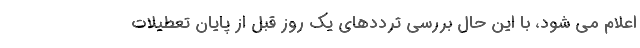
اعلام می شود، با این حال بررسی‌ ترددهای یک روز قبل از پایان تعطیلات